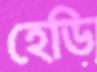
হেডি